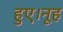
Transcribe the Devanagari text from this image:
हुए।नूह